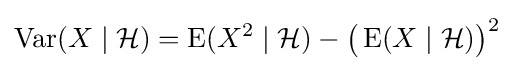
\operatorname {Var} (X\mid {\mathcal {H}})=\operatorname {E} (X^{2}\mid {\mathcal {H}})-{\bigl (}\operatorname {E} (X\mid {\mathcal {H}}){\bigr )}^{2}